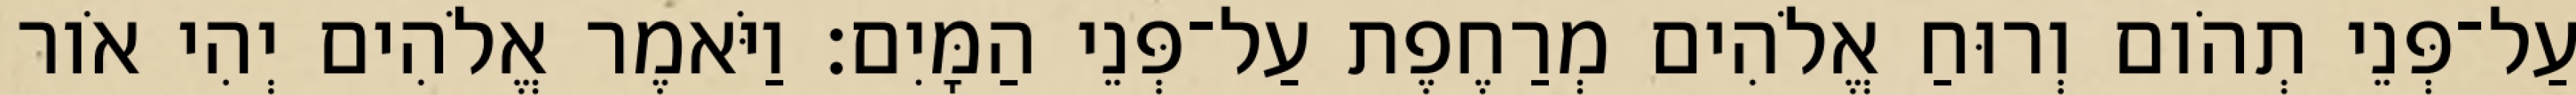
עַל־פְּנֵי תְהֹום וְרוּחַ אֱלֹהִים מְרַחֶפֶת עַל־פְּנֵי הַמָּיִם׃ וַיֹּאמֶר אֱלֹהִים יְהִי אֹור